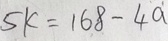
5 k = 1 6 8 - 4 a